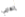
إلهامي